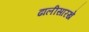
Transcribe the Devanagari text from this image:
ढालीसारखे